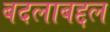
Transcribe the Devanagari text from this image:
बदलाबद्दल